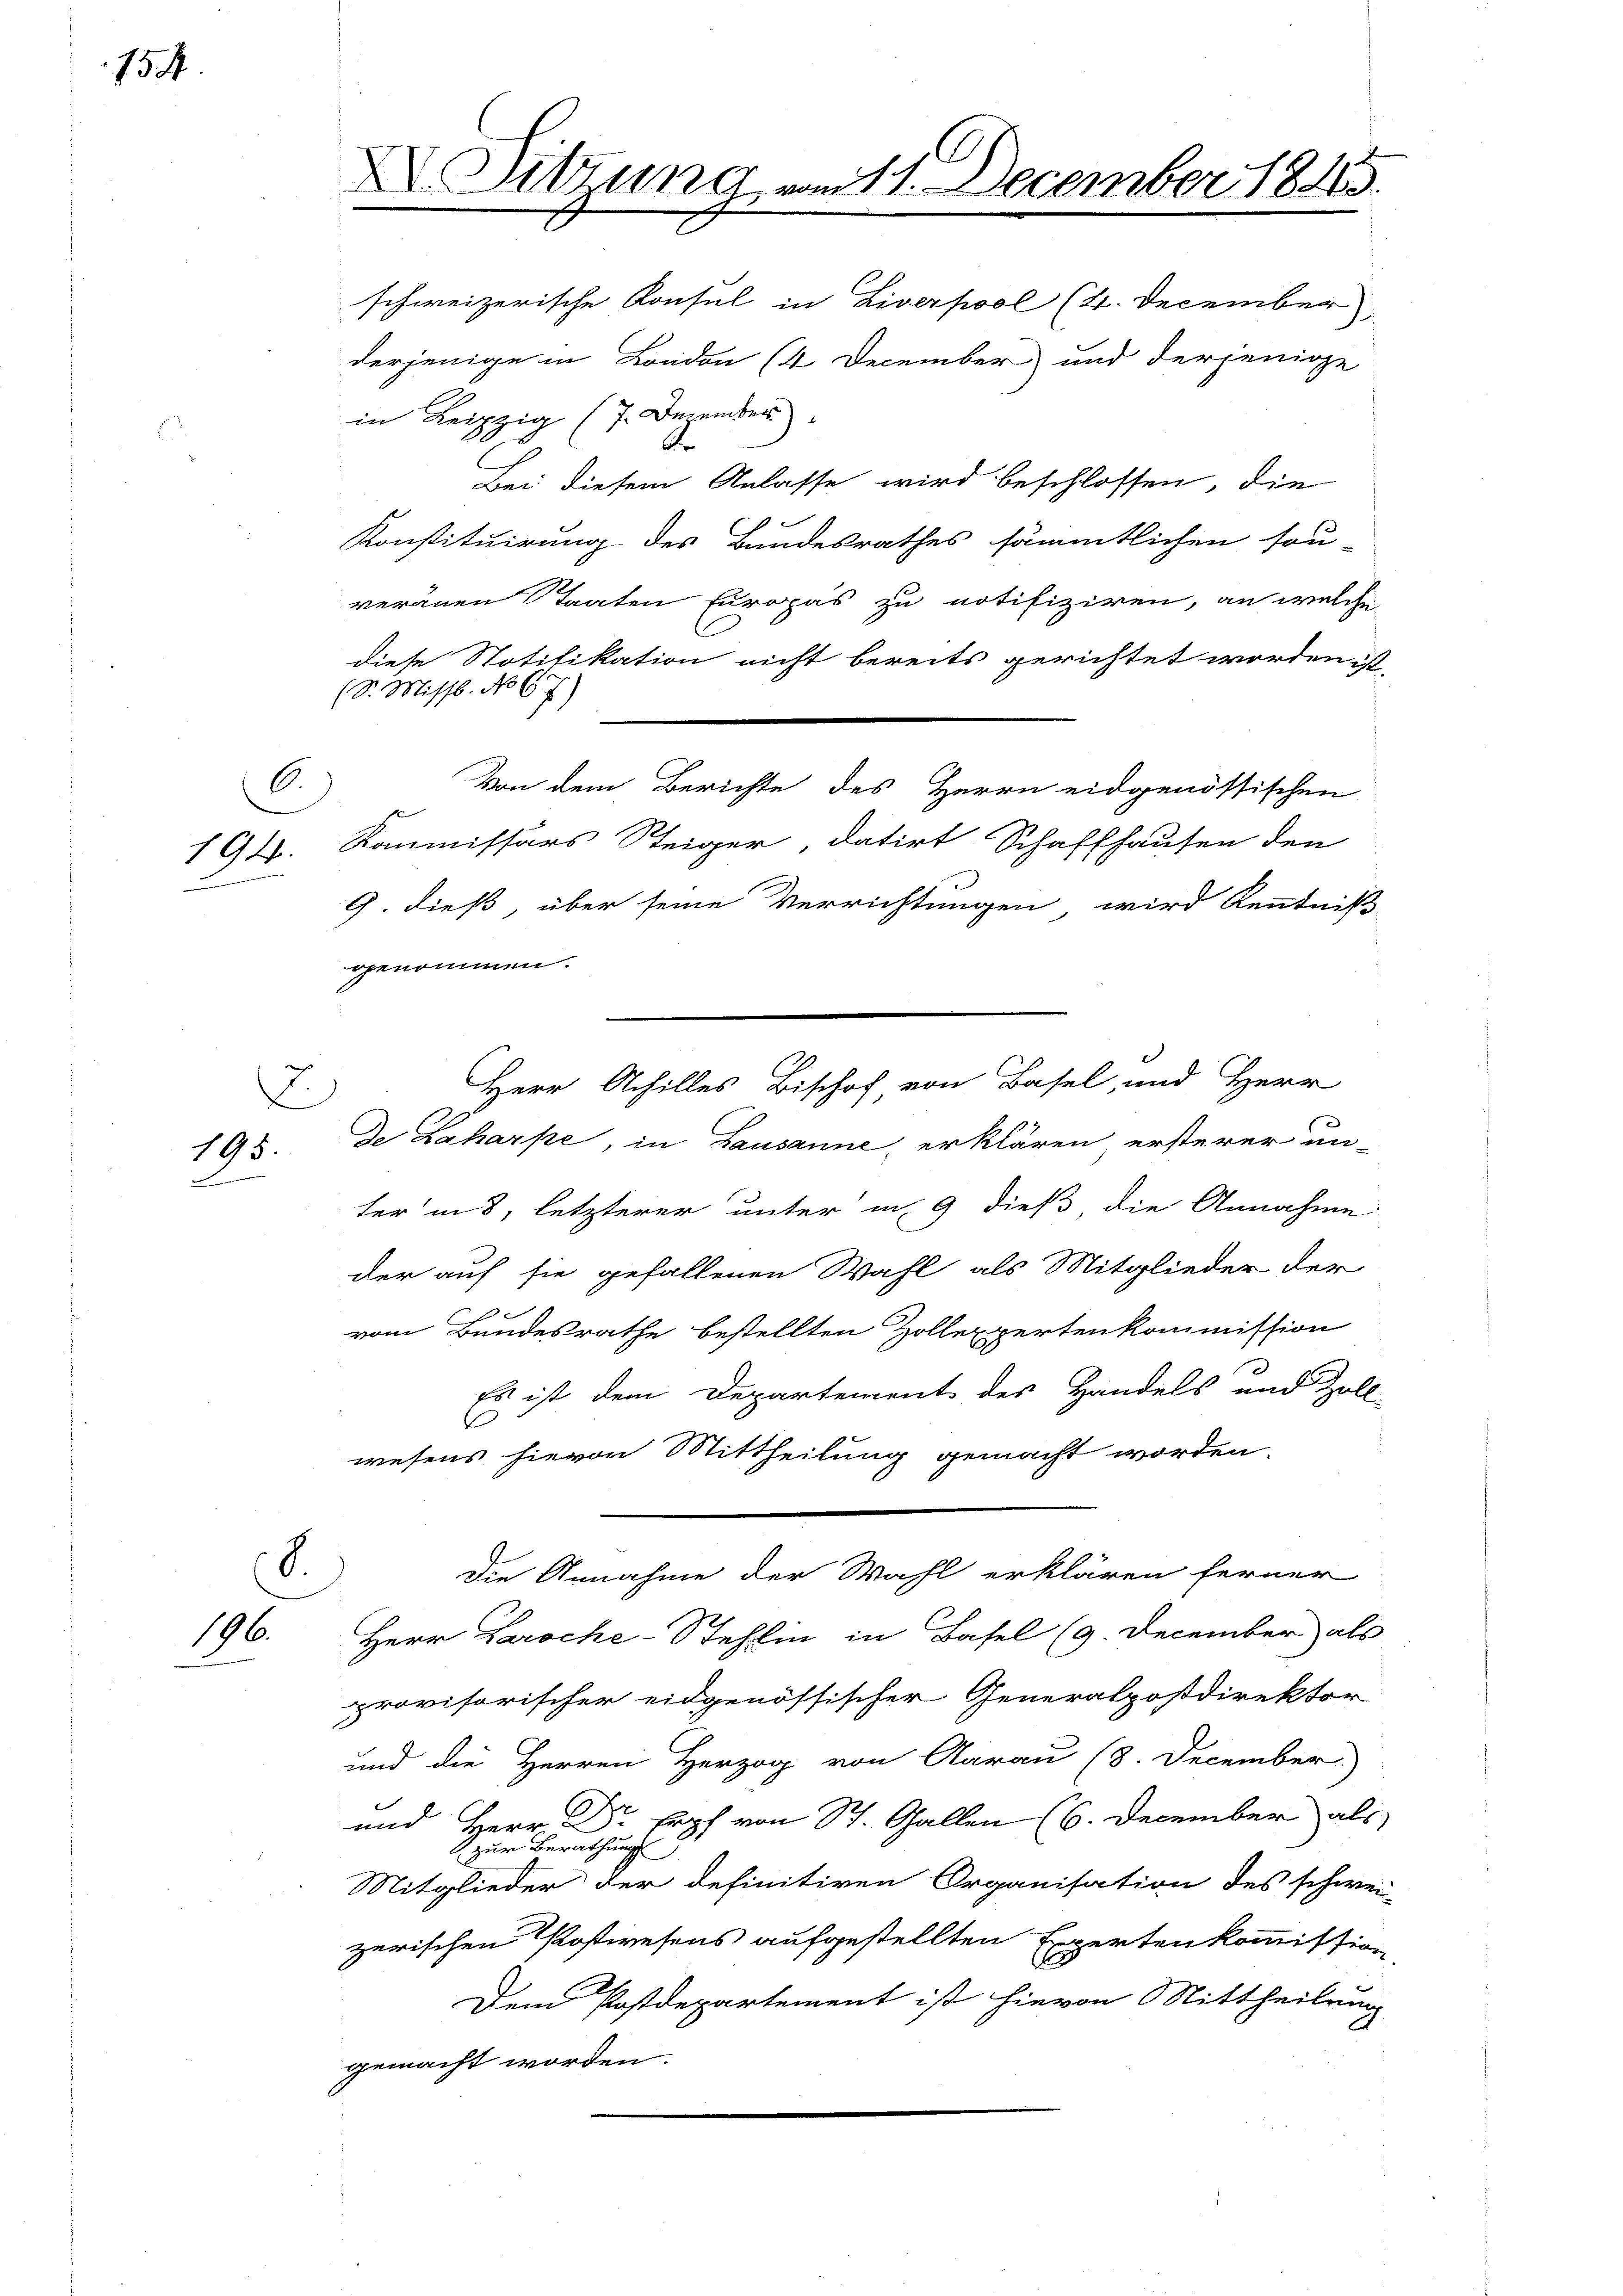
154.

194.
J

6

195.
J

.

8.)
196.

in Leipzig (7. Dezember
Bei diesem Anlasse wird beschlossen, die
Konstituirung des Bundesrathes sämmtlichen sou-
veränen Staaten Europas zu notifiziren, an welche
diese Notifikation nicht bereits gerichtet worden ist,
(S. Missb. No 67)
Von dem Berichte des Herrn eidgenössischen
Kommissärs Steiger, datirt Schaffhausen den
9. dieß, über seine Verrichtungen wird Kenntniß
genommen.
De Laharpe, in Lausanne, erklären ersterer un-
ter in 8, letzterer unter in 9 dieß die Annahme
der auf sie gefallenen Wahl als Mitglieder der
e
vom Bundesrathe bestellten Zollexpertenkommission
Es ist dem Departement des Handels und Zoll
e
wesens hievon Mittheilung gemacht worden.
Die Annahme der Wahl erklären ferner
Herr Laroche-Stehlin in Basel (9. December als
provisorischer eidgenössischer Generalpostdirektor
und die Herren Herzog von Aarau (8. December.
und Herr Dr Erpf von St. Gallen (6. December als
zur Berathung
Mitglieder der definitiven Organisation des schwei-
zerischen Postwesens aufgestellten Expertenkommission
Dem Postdepartement ist hievon Mittheilung
gemacht worden.

.
XV. Sitzung vom 11. December 1845.

schweizerische Konsul in Liverpool (4. December
derjenige in London (4 December und derjenige

Herr Achilles Bischof von Basel, und Herr